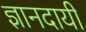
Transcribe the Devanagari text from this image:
ज्ञानदायी